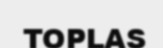
TOPLAS